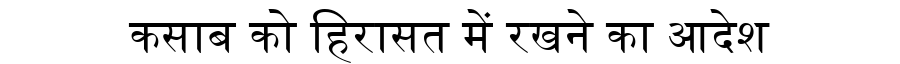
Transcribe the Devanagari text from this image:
कसाब को हिरासत में रखने का आदेश